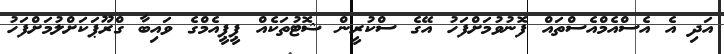
އަދި އެ އެސްއެމްއެސްތައް ފޮނުވުމަށްފަހު އޭގެ ސްކުރީން ޝޮޓުތަކެއް ޕީޕީއެމްގެ ވައިބާ ގްރޫޕަކަށްލުމަށްފަހު